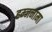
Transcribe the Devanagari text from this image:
हम्जनामा